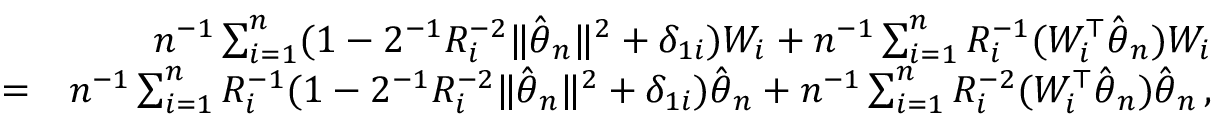
\begin{array} { r l r } & { } & { n ^ { - 1 } \sum _ { i = 1 } ^ { n } ( 1 - 2 ^ { - 1 } R _ { i } ^ { - 2 } \| \hat { { \boldsymbol \theta } } _ { n } \| ^ { 2 } + \delta _ { 1 i } ) W _ { i } + n ^ { - 1 } \sum _ { i = 1 } ^ { n } R _ { i } ^ { - 1 } ( W _ { i } ^ { \top } \hat { { \boldsymbol \theta } } _ { n } ) W _ { i } } \\ & { = } & { n ^ { - 1 } \sum _ { i = 1 } ^ { n } R _ { i } ^ { - 1 } ( 1 - 2 ^ { - 1 } R _ { i } ^ { - 2 } \| \hat { { \boldsymbol \theta } } _ { n } \| ^ { 2 } + \delta _ { 1 i } ) \hat { { \boldsymbol \theta } } _ { n } + n ^ { - 1 } \sum _ { i = 1 } ^ { n } R _ { i } ^ { - 2 } ( W _ { i } ^ { \top } \hat { { \boldsymbol \theta } } _ { n } ) \hat { { \boldsymbol \theta } } _ { n } \, , } \end{array}